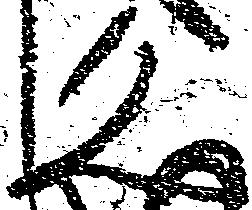
文